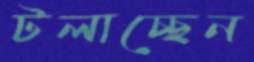
টলাচ্ছেন